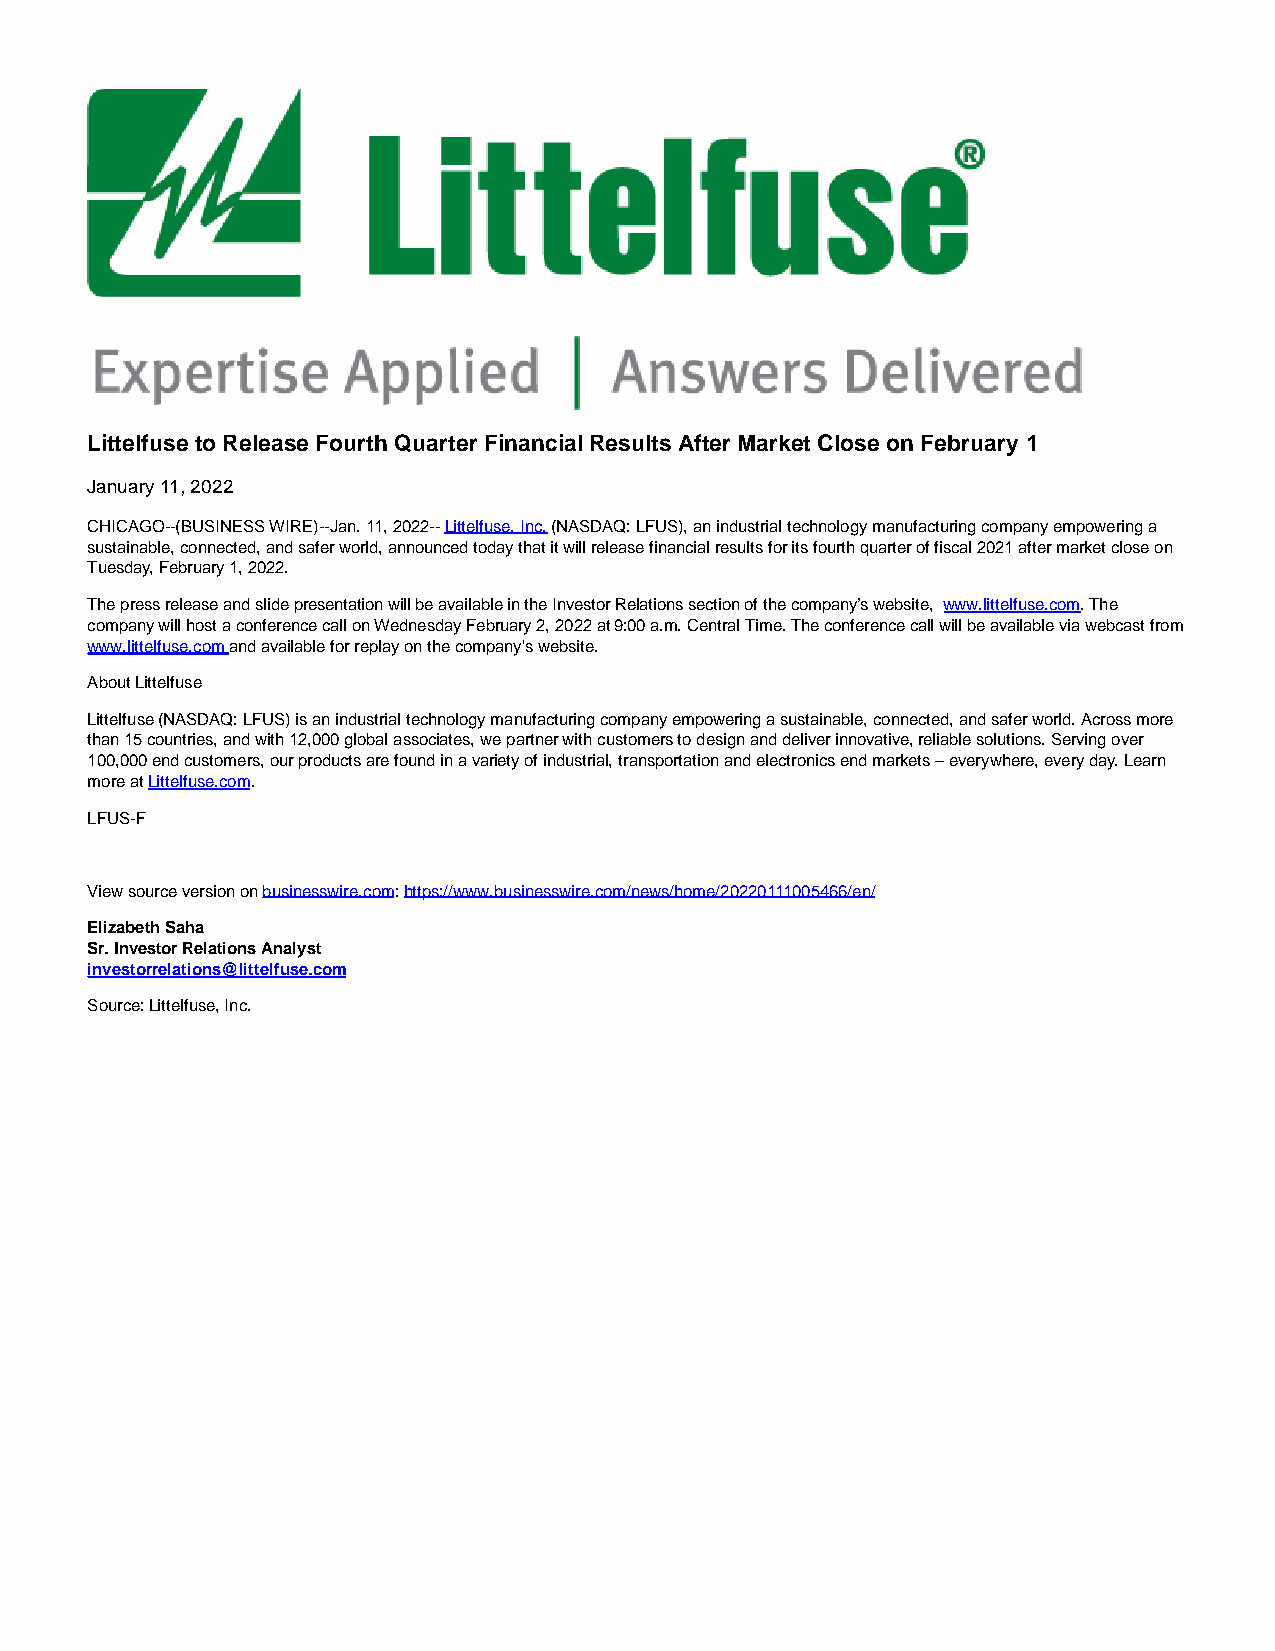
Littelfuse to Release Fourth Quarter Financial Results After Market Close on February 1
 January 11, 2022
 CHICAGO--(BUSINESS WIRE)--Jan. 11, 2022-- Littelfuse, Inc. (NASDAQ: LFUS), an industrial technology manufacturing company empowering a
 sustainable, connected, and safer world, announced today that it will release financial results for its fourth quarter of fiscal 2021 after market close on
 Tuesday, February 1, 2022.
 The press release and slide presentation will be available in the Investor Relations section of the company’s website, www.littelfuse.com. The
 company will host a conference call on Wednesday February 2, 2022 at 9:00 a.m. Central Time. The conference call will be available via webcast from
 www.littelfuse.com and available for replay on the company's website.
 About Littelfuse
 Littelfuse (NASDAQ: LFUS) is an industrial technology manufacturing company empowering a sustainable, connected, and safer world. Across more
 than 15 countries, and with 12,000 global associates, we partner with customers to design and deliver innovative, reliable solutions. Serving over
 100,000 end customers, our products are found in a variety of industrial, transportation and electronics end markets – everywhere, every day. Learn
 more at Littelfuse.com.
 LFUS-F
 View source version on businesswire.com: https://www.businesswire.com/news/home/20220111005466/en/
 Elizabeth Saha
 Sr. Investor Relations Analyst
 investorrelations@littelfuse.com
 Source: Littelfuse, Inc.